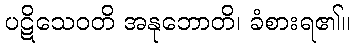
ပဋိသေဝတိ အနုဘောတိ၊ ခံစားရ၏။